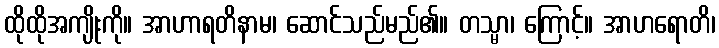
ထိုထိုအကျိုးကို။ အာဟာရတိနာမ၊ ဆောင်သည်မည်၏။ တသ္မာ၊ ကြောင့်။ အာဟရောတိ၊